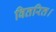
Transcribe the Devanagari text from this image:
वितरित।